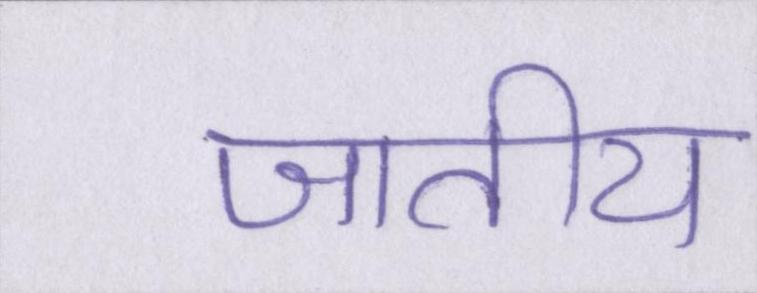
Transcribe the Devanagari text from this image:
जातीय